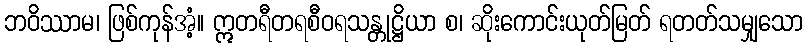
ဘဝိဿာမ၊ ဖြစ်ကုန်အံ့။ ဣတရီတရစီဝရသန္တုဋ္ဌိယာ စ၊ ဆိုးကောင်းယုတ်မြတ် ရတတ်သမျှသော